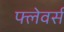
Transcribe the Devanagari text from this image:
फ्लेवर्स